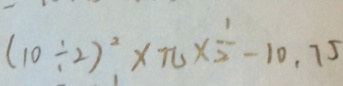
( 1 0 \div 2 ) ^ { 2 } \times \pi \times \frac { 1 } { 2 } - 1 0 . 7 5